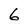
Character: 6